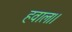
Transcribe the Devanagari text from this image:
हवाल।।